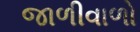
જાળીવાળો